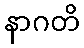
နာဂတိ